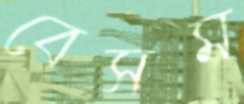
বেসম